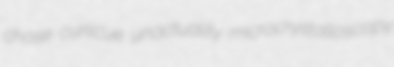
chose curlicue unactuality microcrystalloscopy